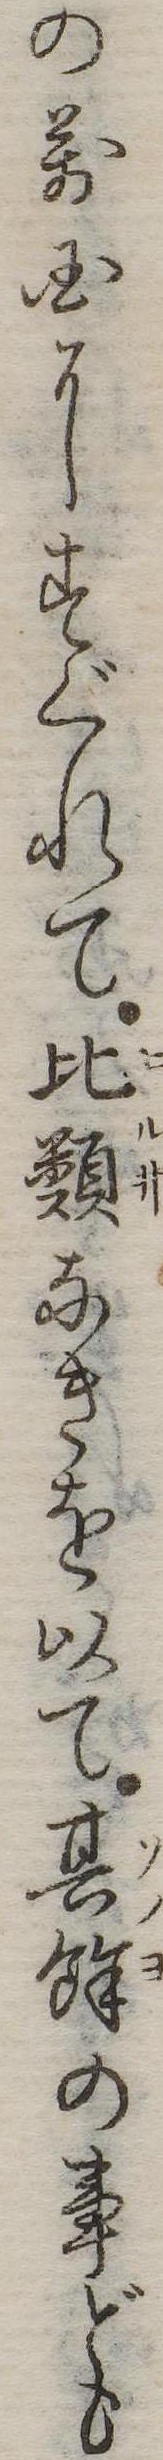
の万国にすぐれて比類なきを以て其余の事ども